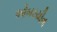
ઓબરયીન